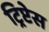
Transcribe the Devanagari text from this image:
ट्रिप्टेस